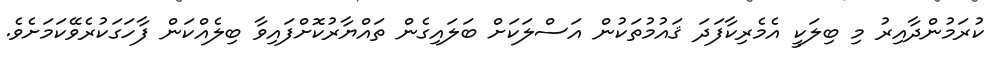
ކުރަމުންދާއިރު މި ބިލަކީ އެމެރިކާފަދަ ޤައުމުތަކުން އަސްލަކަށް ބަލައިގެން ތައްޔާރުކޮށްފައިވާ ބިލެއްކަން ފާހަގަކުރެވޭކަމަށެވެ.